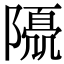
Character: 𨼘